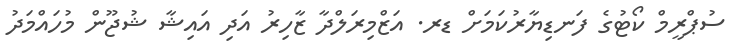
ސުޕްރީމް ކޯޓުގެ ފަނޑިޔާރުކަމަށް ޑރ. އަޒްމިރަލްދާ ޒާހިރު އަދި އައިޝާ ޝުޖޫން މުހައްމަދު